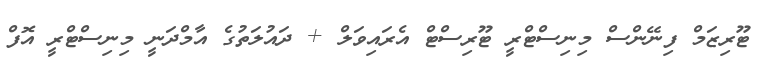
ޓޫރިޒަމް ފިނޭންސް މިނިސްޓްރީ ޓޫރިސްޓް އެރައިވަލް + ދައުލަތުގެ އާމްދަނީ މިނިސްޓްރީ އޮފް